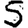
Digit: 5